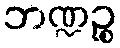
ဘဏ္ဍဉ္စ